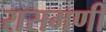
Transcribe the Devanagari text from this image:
रासमणी